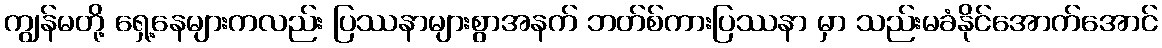
ကျွန်မတို့ ရှေ့နေများကလည်း ပြဿနာများစွာအနက် ဘတ်စ်ကားပြဿနာ မှာ သည်းမခံနိုင်အောက်အောင်